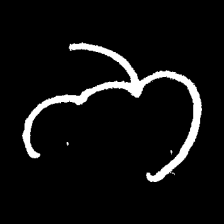
Pyu character \u2014 Myanmar letter: ဘ (romanized: bha)